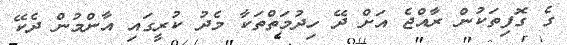
ގެ ގޮފިތަކުން ރާއްޖެ އަށް ދޭ ހިދުމަތްތަކާ މެދު ކުރީގައި އާންމުން ދެކޭ